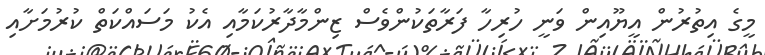
މީގެ އިތުރުން އީޔޫއިން ވަނީ ހުރިހާ ފަރާތަކުންވެސް ޒިންމާދާރުކަމާއި އެކު މަސައްކަތް ކުރުމަށާއި